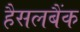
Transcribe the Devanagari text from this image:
हैसलबैंक